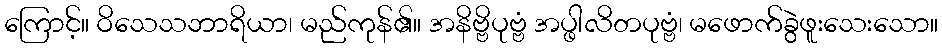
ကြောင့်။ ဝိသေသဘာရိယာ၊ မည်ကုန်၏။ အနိဗ္ဗိပုဗ္ဗံ အပ္ဖါလိတပုဗ္ဗံ၊ မဖောက်ခွဲဖူးသေးသော။